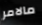
مالامر